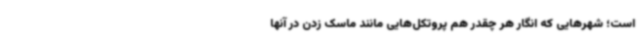
است؛ شهرهایی که انگار هر چقدر هم پروتکل‌هایی مانند ماسک زدن در آنها